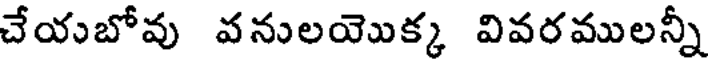
చేయబోవు వనులయెొక్క వివరములన్నీ